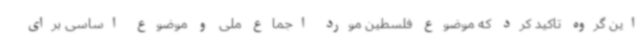
این گروه تاکید کرد که موضوع فلسطین مورد اجماع ملی و موضوع اساسی برای